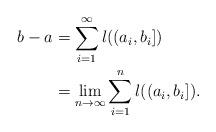
LaTeX: \begin{align*} b-a&=\sum_{i=1}^{\infty}l((a_{i},b_{i}])\\&=\lim_{n\to\infty}\sum_{i=1}^{n}l((a_{i},b_{i}]).\end{align*}